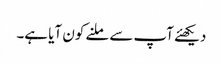
دیکھئے آپ سے ملنے کون آیا ہے۔